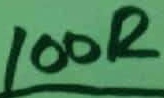
Text: 100R